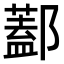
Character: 𨞨